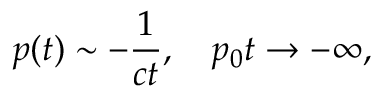
p ( t ) \sim - { \frac { 1 } { c t } } , \quad p _ { 0 } t \to - \infty ,